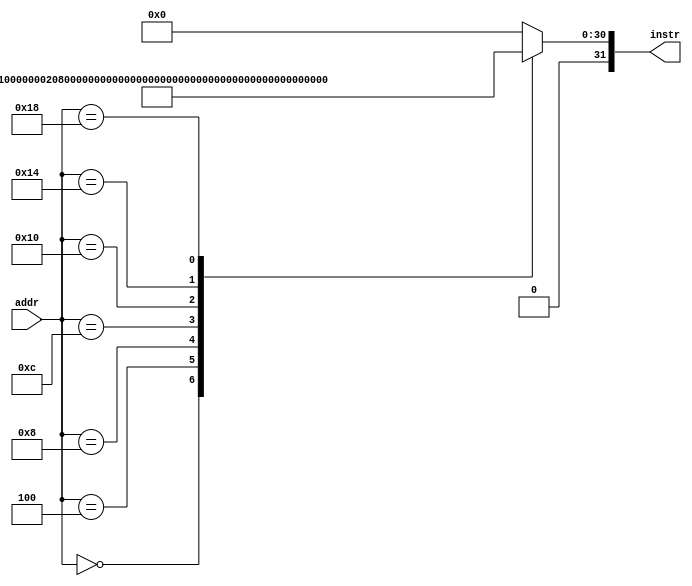
`timescale 1ns / 1ps
//////////////////////////////////////////////////////////////////////////////////
// Company: 
// Engineer: 
// 
// Design Name: 
// Module Name: instruction_memory
// Project Name: 
// Target Devices: 
// Tool Versions: 
// Description: 
// 
// Dependencies: 
// 
// Revision:
// Revision 0.01 - File Created
// Additional Comments:
// 
//////////////////////////////////////////////////////////////////////////////////


module instruction_memory(
    input [7:0] addr, 
    output reg [31:0] instr
    );
    
    
    //reg [31:0] memory [0:255]; 
    /*
    initial begin 
        memory [0] = 8'h41000010;
        memory [1] = 8'h42000001; 
        memory [2] = 8'h43000000; 
        memory [3] = 8'h30300000; 
        memory [4] = 8'h13320000;
        memory [5] = 8'h50310003;
    end 
    */
    
    always @ (*) 
        case (addr)
            8'd0: instr <= 32'h40000000; 
            8'd4: instr <= 32'h41000010; 
            8'd8: instr <= 32'h42000001; 
            8'd12: instr <= 32'h43000000; 
            8'd16: instr <= 32'h30300000; 
            8'd20: instr <= 32'h03320000; 
            8'd24: instr <= 32'h50310010; 
            default: instr <= 32'h00000000; 
        endcase 
endmodule